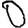
Digit: 0